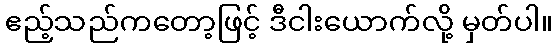
ဧည့်သည်ကတော့ဖြင့် ဒီငါးယောက်လို့ မှတ်ပါ။